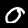
Label: 0